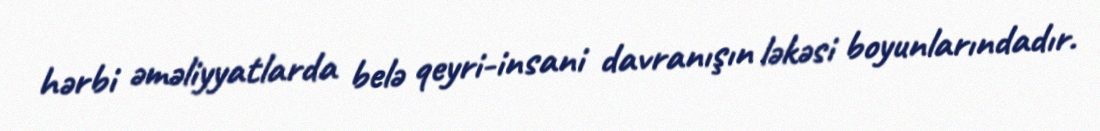
hərbi əməliyyatlarda belə qeyri-insani davranışın ləkəsi boyunlarındadır.